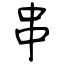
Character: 串